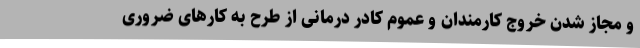
و مجاز شدن خروج کارمندان و عموم کادر درمانی از طرح به کارهای ضروری